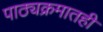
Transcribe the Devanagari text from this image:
पाठ्यक्रमातही